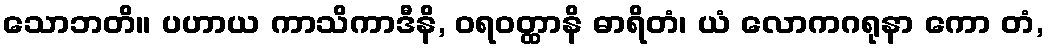
သောဘတိ။ ပဟာယ ကာသိကာဒီနိ, ဝရဝတ္ထာနိ ဓာရိတံ၊ ယံ လောကဂရုနာ ကော တံ,